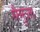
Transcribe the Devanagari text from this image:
सैमुउल